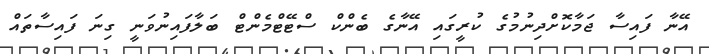
އޭނާ ފައިސާ ޖަމާކޮށްދިނުމުގެ ކުރީގައި އޭނާގެ ބެންކް ސްޓޭޓްމެންޓް ބަލާފައިނުވަނީ ގިނަ ފައިސާތައް